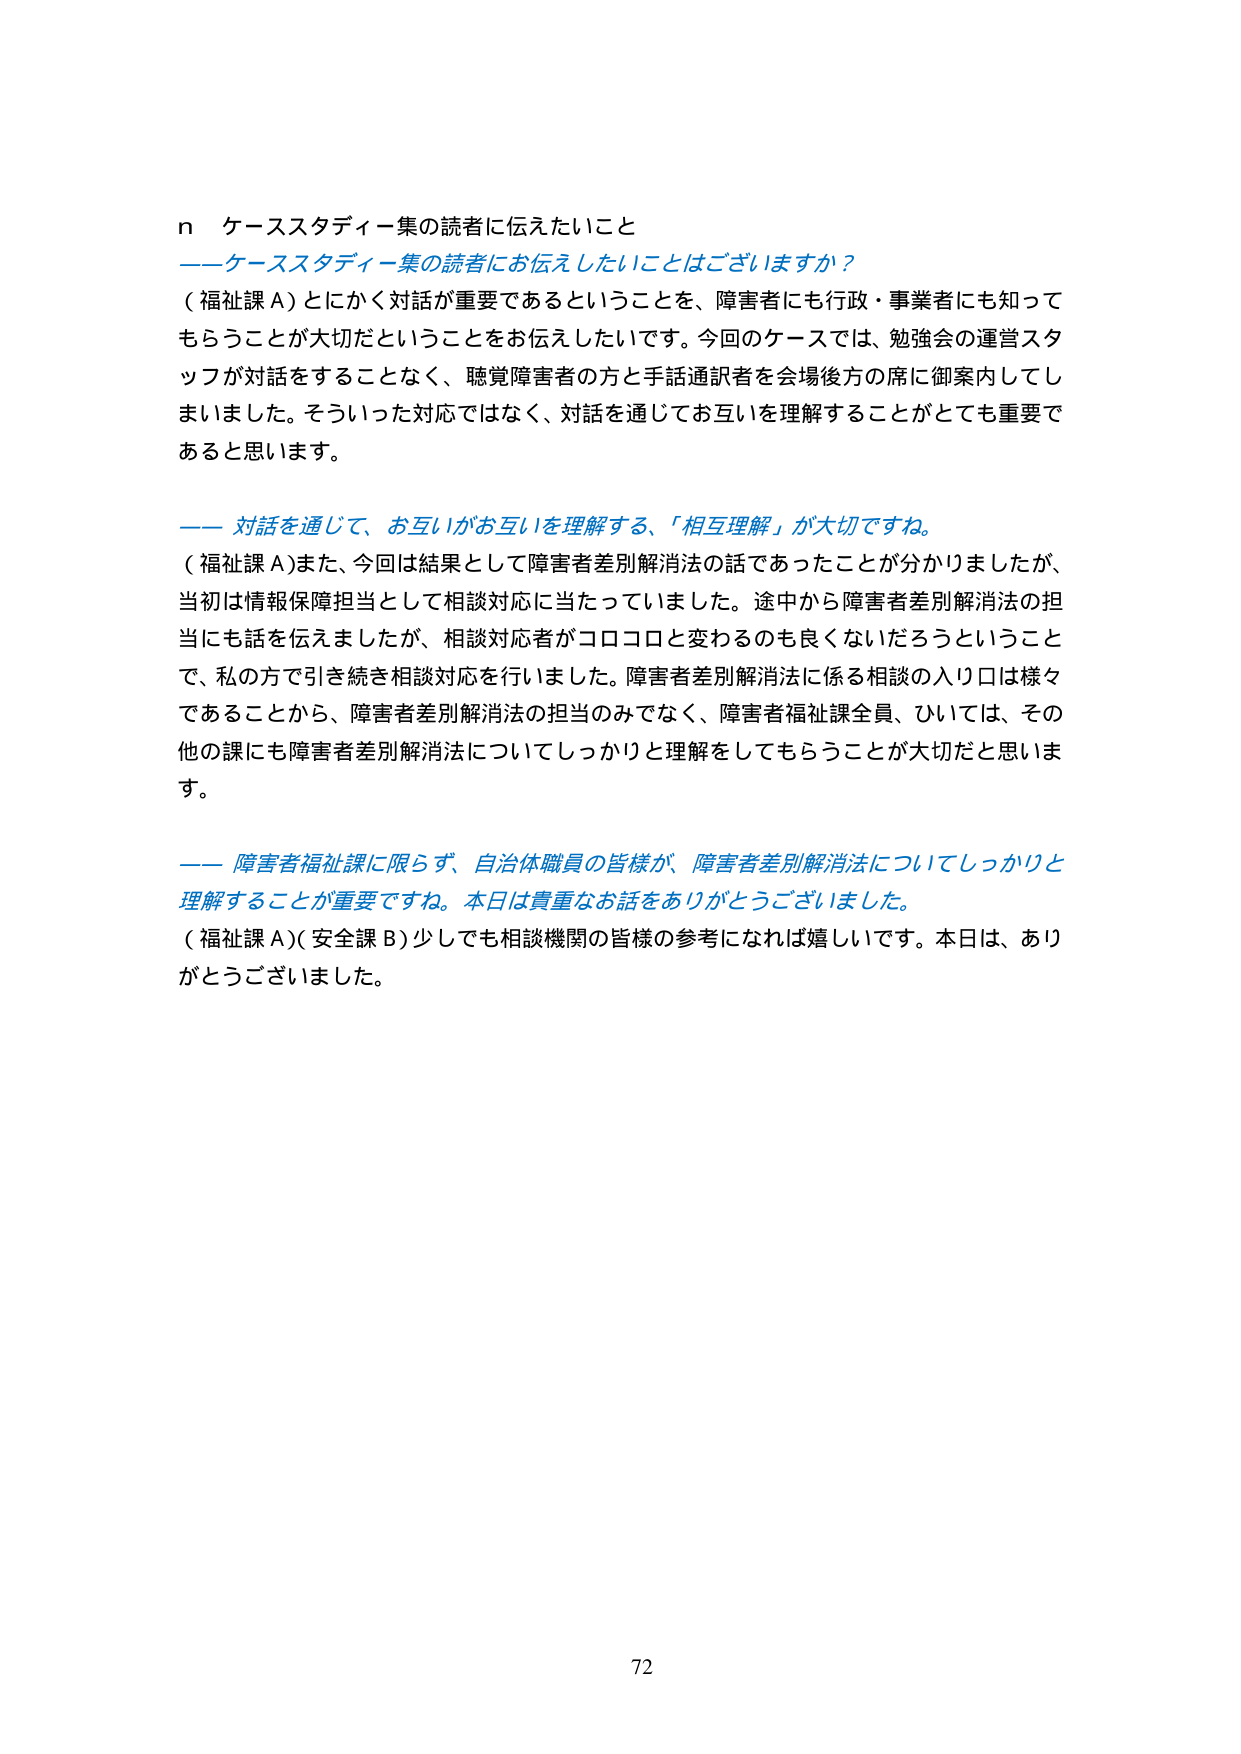
n ケーススタディー集の読者に伝えたいこと
――ケーススタディー集の読者にお伝えしたいことはございますか？
（福祉課Ａ）とにかく対話が重要であるということを、障害者にも行政・事業者にも知ってもらうことが大切だということをお伝えしたいです。今回のケースでは、勉強会の運営スタッフが対話をするこ となく、聴覚障害者の方と手話通訳者を会場後方の席に御案内してしまいました。そういった対応ではなく、対話を通じてお互いを理解することがとても重要であると思います。

―― 対話を通じて、お互いがお互いを理解する、「相互理解」が大切ですね。
（福祉課Ａ）また、今回は結果として障害者差別解消法の話であったことが分かりましたが、当初は情報保障担当として相談対応に当たっていました。途中から障害者差別解消法の担当にも話を伝えましたが、相談対応者がコロコロと変わるのも良くないだろうということで、私の方で引き続き相談対応を行いました。障害者差別解消法に係る相談の入り口は様々であることから、障害者差別解消法の担当のみでなく、障害者福祉課全員、ひいては、その他の課にも障害者差別解消法についてしっかりと理解をしてもらうことが大切だと思いま す。

―― 障害者福祉課に限らず、自治体職員の皆様が、障害者差別解消法についてしっかりと理解することが重要ですね。本日は貴重なお話をありがとうございました。
（福祉課Ａ）（安全課Ｂ）少しでも相談機関の皆様の参考になれば嬉しいです。本日は、ありがとうございました。

72